Annual statistical returns and brief notes on vaccination in Bengal - 1887-1898
Year: 1887
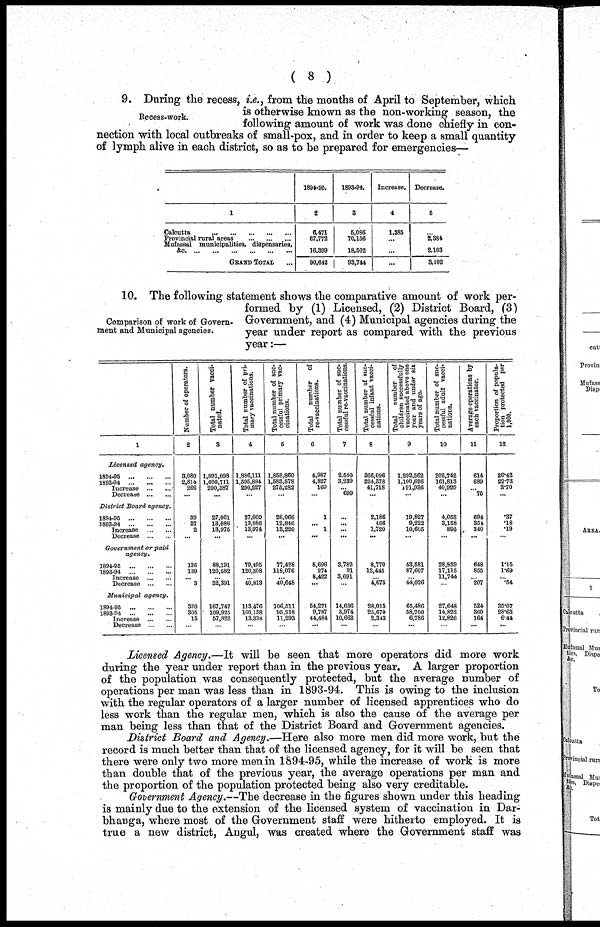
( 8 )
Recess-work.
9. During the recess, i.e., from the months of April to September, which
is otherwise known as the non-working season, the
following amount of work was done chiefly in con-
nection with local outbreaks of small-pox, and in order to keep a small quantity
of lymph alive in each district, so as to be prepared for emergencies—
1
Calcutta
...
...
...
...
...
Provincial rural areas
...
...
...
Mufassal municipalities, dispensaries,
&c
...
...
...
...
...
...
GRAND TOTAL
1894-95.
2
6,471
67,772
16,399
90,642
1893-94.
3
5,086
70,156
18,602
93,744
Increase.
4
1,386
...
...
...
Decrease.
5
...
2,384
2,103
3,102
Comparison of work of Govern-
-ent and Municipal agencies.
10. The following statement shows the comparative amount of work per-
formed by (1) Licensed, (2) District Board, (3)
Government, and (4) Municipal agencies during the
year under report as compared with the previous
year:—
1
Licensed agency.
1894-95
...
...
...
1893-94
...
...
...
Increase ... ...
Decrease ... ...
District Board agency.
1894-95
...
...
...
1893-94
...
...
...
Increase
...
...
Decrease ... ...
Government or paid
agency.
1894-95
...
...
...
1893-94
...
...
...
Increase
...
...
Decrease ... ...
Municipal
agency.
1894-95
...
...
...
1893-94
...
...
...
Increase ... ...
Decrease ... ...
Number of operators.
2
3,080
2,814
266
...
39
37
2
...
136
139
... 3
320
305
15
...
Total number vacci-
nated.
3
1,891,098
1,600,711
290,387
...
27,061
13,086
13,975
...
88,191
120,582
... 32,391
167,747
109,925
57,822
...
Total number of pri-
mary vaccinations.
4
1,886,111
1,595,884
290,227
...
27,060
13,086
13,974
...
79,495
120,308
... 40,813
113,476
100,138
13,338
...
Total number of suc-
cessful primary vac-
cinations.
5
1,858,860
1,583,578
275,282
...
26,066
12,846
13,220
...
77,428
118,076
...
40,648
106,511
95,218
11,293
...
Total
number of
re-vaccinations.
6
4,987
4,827
160
...
1
... 1
...
8,696
274
8,422
...
54,271
9,787
44,484
...
Total number of suc-
cessful re-vaccinations.
7
2,540
3,239
... 699
...
...
...
...
3,782
91
3,691
...
14,636
3,974
10,662
...
Total number of suc-
cessful infant vacci-
nations.
8
366,096
324,378
41,718
...
2,186
466
1,720
...
8,770
13,445
...
4,675
28,013
25,670
2,343
...
Total
number of
children successfully
vaccinated above one
year and under six
years of age.
9
1,292,562
1,100,626
191,936
...
19,827
9,222
10,605
...
43,581
87,607
...
44,026
65,486
58,700
6,786
...
Total number of suc-
cessful adult vacci-
nations.
10
202,742
161,813
40,929
...
4,053
3,158
895
...
28,859
17,115
11,744
...
27,648
14,822
12,826
...
Average operations by
each vaccinator.
11
614
689
...
76
694
354
340
...
648
855
... 207
524
360
164
...
Proportion of popula-
tion protected per
1,000.
12
26.43
22.73
3.70
...
.37
.18
.19
...
1.15
1.69
... .54
35.07
28.63
6.44
...
Licensed Agency.—It will be seen that more operators did more work
during the year under report than in the previous year. A larger proportion
of the population was consequently protected, but the average number of
operations per man was less than in 1893-94. This is owing to the inclusion
with the regular operators of a larger number of licensed apprentices who do
less work than the regular men, which is also the cause of the average per
man being less than that of the District Board and Government agencies.
District Board and Agency.—Here also more men did more work, but the
record is much better than that of the licensed agency, for it will be seen that
there were only two more men in 1894-95, while the increase of work is more
than double that of the previous year, the average operations per man and
the proportion of the population protected being also very creditable.
Government Agency.—The decrease in the figures shown under this heading
is mainly due to the extension of the licensed system of vaccination in Dar¬
bhanga, where most of the Government staff were hitherto employed. It is
true a new district, Angul, was created where the Government staff was